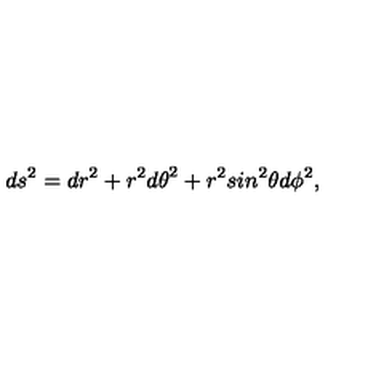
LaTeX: d s ^ { 2 } = d r ^ { 2 } + r ^ { 2 } { d { \theta } } ^ { 2 } + r ^ { 2 } s i n ^ { 2 } { \theta } d { \phi } ^ { 2 } ,